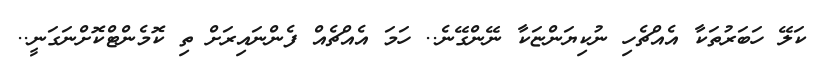
ކަލޭ ހަބަރުތަކާ އެއްޗެހި ނުކިޔަންޏަކާ ނޭންގޭނެ.. ހަމަ އެއްޗެއް ފެންނައިރަށް ތި ކޮމެންޓްކޮށްނަގަނީ..